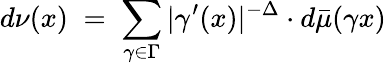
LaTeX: d\nu(x)\; =\; \sum_{\gamma\in\Gamma}|\gamma^{\prime}(x)|^{-\Delta}\cdot d\bar{\mu}(\gamma x)